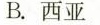
B.西亚